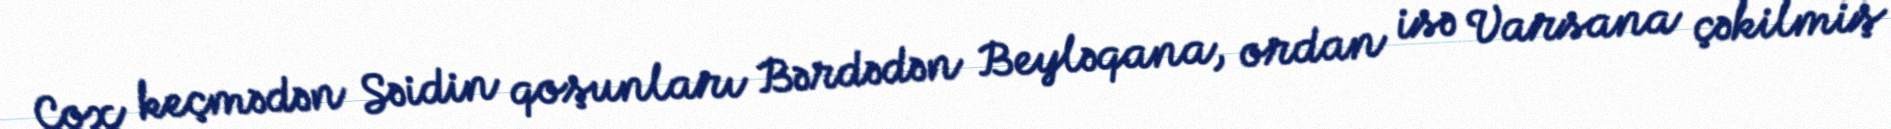
Çox keçmədən Səidin qoşunları Bərdədən Beyləqana, ordan isə Varsana çəkilmiş